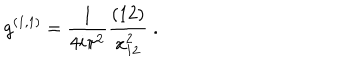
LaTeX: g ^ { ( 1 , 1 ) } = { \frac { 1 } { 4 i \pi ^ { 2 } } } { \frac { ( 1 2 ) } { x _ { 1 2 } ^ { 2 } } } \; .